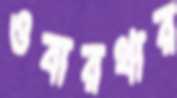
ওবারথার